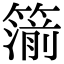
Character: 𥳷